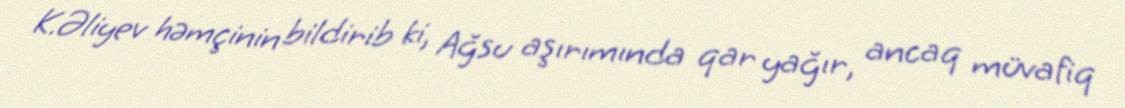
K.Əliyev həmçinin bildirib ki, Ağsu aşırımında qar yağır, ancaq müvafiq